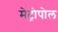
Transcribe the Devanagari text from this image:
मेट्रोपोल